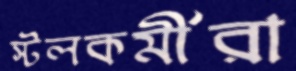
স্টলকর্মীরা